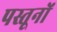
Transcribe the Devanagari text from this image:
पस्तूनों